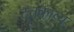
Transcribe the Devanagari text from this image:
दुतकाव्य